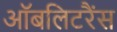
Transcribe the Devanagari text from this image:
ऑबलिटरैंस